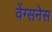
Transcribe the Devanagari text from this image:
वेंग्सनेस